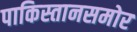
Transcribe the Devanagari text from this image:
पाकिस्तानसमोर